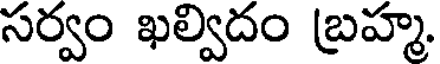
సర్వం ఖల్విదం బ్రహ్మ.